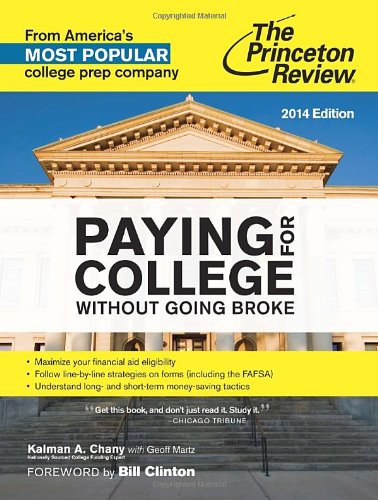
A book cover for Paying for College Without Going Broke, 2014 Edition (College Admissions Guides); Princeton Review; Education & Teaching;